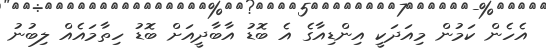
އެހެން ކަމުން މިއަދަކީ އިންޑިއާގެ އެ ބޮޑު އާބާދީއަށް ބޮޑު ހިތާމައެއް ލިބުނު